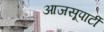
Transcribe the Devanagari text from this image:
आजसूपार्टी